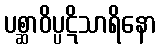
ပစ္ဆာဝိပ္ပဋိသာရိနော